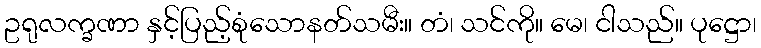
ဥရုလက္ခဏာ နှင့်ပြည့်စုံသောနတ်သမီး။ တံ၊ သင်ကို။ မေ၊ ငါသည်။ ပုဋ္ဌော၊